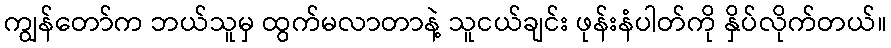
ကျွန်တော်က ဘယ်သူမှ ထွက်မလာတာနဲ့ သူငယ်ချင်း ဖုန်းနံပါတ်ကို နှိပ်လိုက်တယ်။